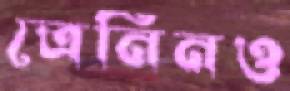
ত্রেনিনও